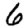
Digit: 6